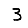
Digit: 3